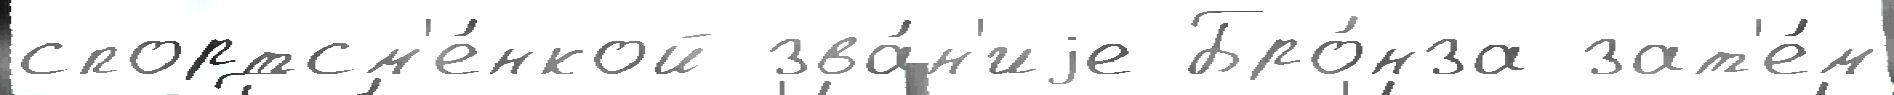
спортсм'е́нкой зва́н'иjе Бро́нза зат'е́м